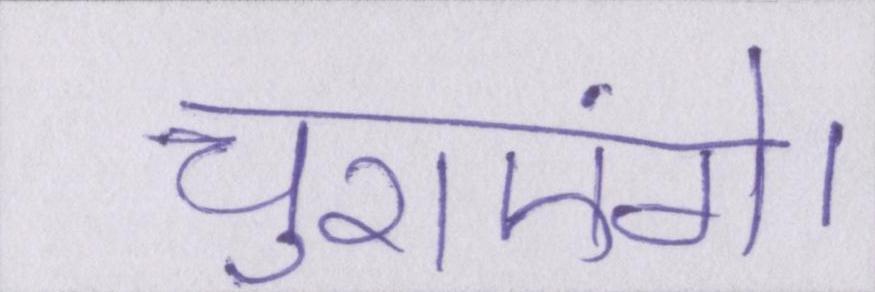
चुराएंगे।